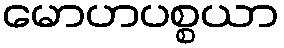
မောဟပစ္စယာ